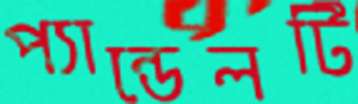
প্যান্ডেলটি